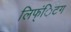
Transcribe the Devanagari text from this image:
लिफ्ंिटग